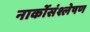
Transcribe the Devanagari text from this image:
नार्कोसंश्लेषण